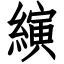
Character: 縯